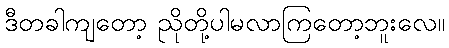
ဒီတခါကျတော့ ညိုတို့ပါမလာကြတော့ဘူးလေ။